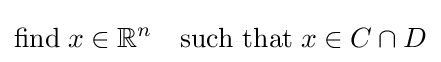
{\text{find}}\;x\in \mathbb {R} ^{n}\quad {\text{such that}}\;x\in C\cap D